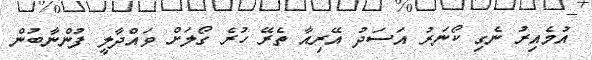
އުމެއިރު ނެގި ކޯނަރު އަސަދު އޭރިއާ ތެރޭ ހުރެ ގޯލަށް ވައްދާލީ ފުންނާބުން